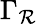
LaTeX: \Gamma_{\mathcal{R}}